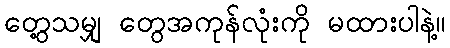
တွေ့သမျှ တွေအကုန်လုံးကို မထားပါနဲ့။